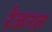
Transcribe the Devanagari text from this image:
रेजनल